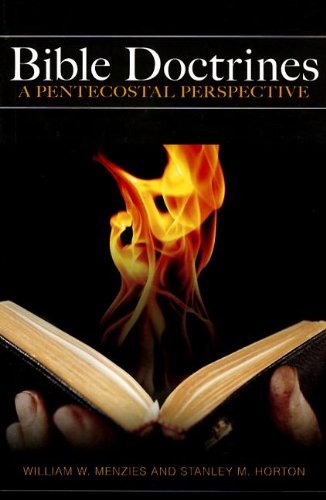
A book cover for Bible Doctrines: A Pentecostal Perspective; William W. Menzies; Christian Books & Bibles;